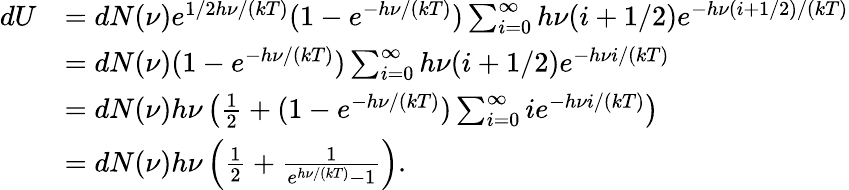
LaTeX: {\begin{array}{rl}{dU}&{=dN(\nu)e^{1/2h\nu/(kT)}(1-e^{-h\nu/(kT)})\sum_{i=0}^{\infty}h\nu(i+1/2)e^{-h\nu(i+1/2)/(kT)}}\\ &{=dN(\nu)(1-e^{-h\nu/(kT)})\sum_{i=0}^{\infty}h\nu(i+1/2)e^{-h\nu i/(kT)}}\\ &{=dN(\nu)h\nu\left({\frac{1}{2}}+(1-e^{-h\nu/(kT)})\sum_{i=0}^{\infty}ie^{-h\nu i/(kT)}\right)}\\ &{=dN(\nu)h\nu\left({\frac{1}{2}}+{\frac{1}{e^{h\nu/(kT)}-1}}\right).}\end{array}}